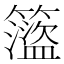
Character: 𥶎